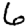
Digit: 6